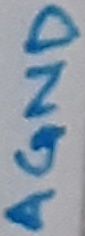
Text: AGND